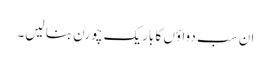
ان سب دواؤں کا باریک چورن بنا لیں۔